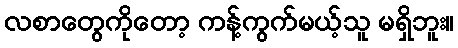
လစာတွေကိုတော့ ကန့်ကွက်မယ့်သူ မရှိဘူး။